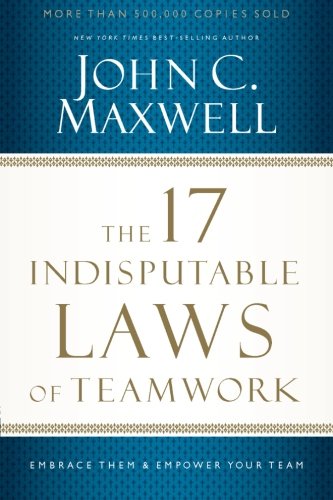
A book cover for The 17 Indisputable Laws of Teamwork: Embrace Them and Empower Your Team; John C. Maxwell; Christian Books & Bibles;